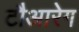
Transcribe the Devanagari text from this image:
टौआरेग